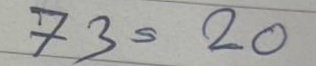
73 = 20